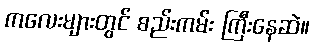
ကလေးများတွင် စည်းကမ်း ကြီးနေဆဲ။